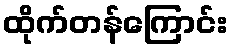
ထိုက်တန်ကြောင်း